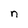
Character: n